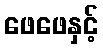
ဖေဖေနှင့်